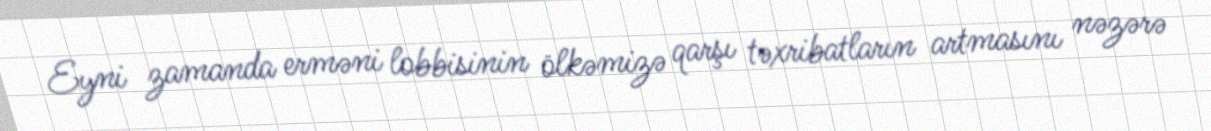
Eyni zamanda erməni lobbisinin ölkəmizə qarşı təxribatların artmasını nəzərə